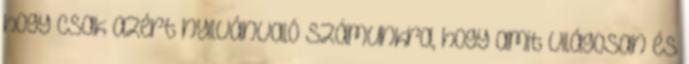
hogy csak azért nyilvánvaló számunkra, hogy amit világosan és